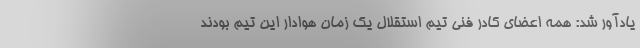
یادآور شد: همه اعضای کادر فنی تیم استقلال یک زمان هوادار این تیم بودند